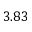
3 . 8 3